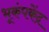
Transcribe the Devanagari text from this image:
भूकंपकेंद्र